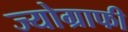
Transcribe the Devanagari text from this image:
ज्योग्राफी